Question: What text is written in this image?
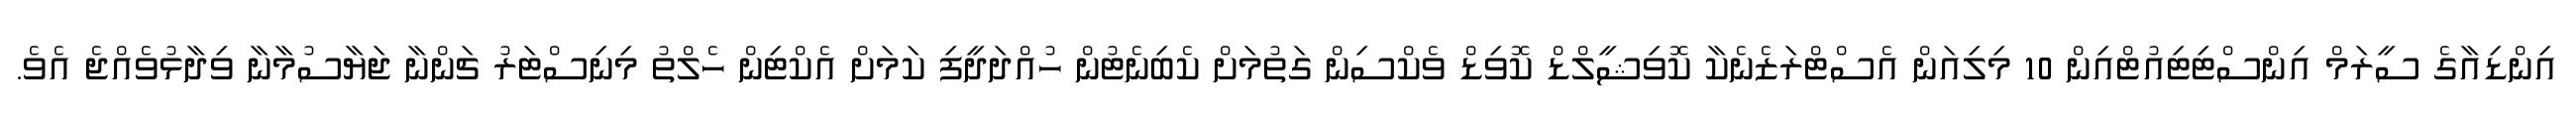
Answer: އިންޑިއާގެ ސީރަމް އިންސްޓިޓިއުޓްއިން 10 މިލިއަން އެސްޓްރަޒެނެކާ ކޮވިޝީލްޑް ކޮވިޑް ވެކްސިން ގަތުމަށް ކެބިނެޓުން ހުއްދަދީފި ކަމަށް އެކްޓިން ހެލްތު މިނިސްޓަރު ޗަންނާ ޖަޔާސުމާނާ ވިދާޅުވެއްޖެ އެވެ.